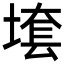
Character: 𱗛